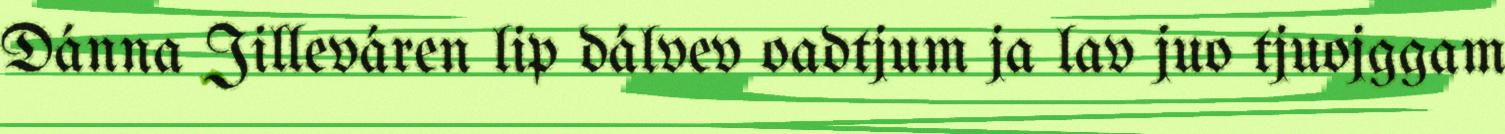
Dánna Jilleváren lip dálvev oadtjum ja lav juo tjuojggam